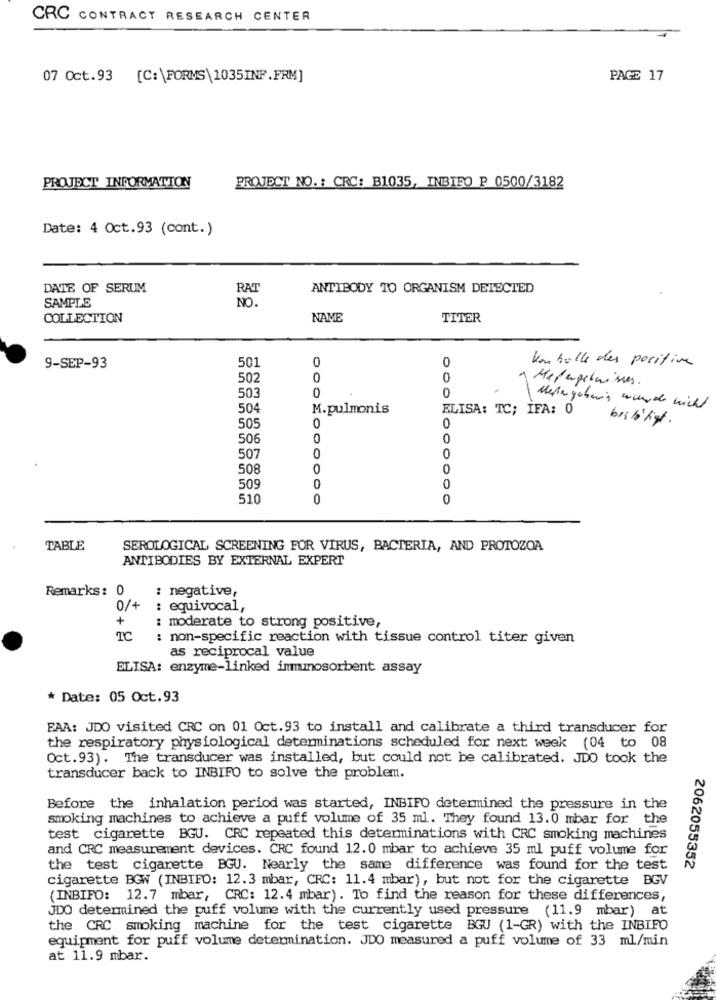
CRC CONTRACT RESEARCH CENTER
07 Oct.93 [C:\FORMS\1035INF.FRM]
PAGE 17
PROJECT INFORMATION
PROJECT NO .: CRC: B1035, INBIFO P 0500/3182
Date: 4 Oct.93 (cont.)
DATE OF SERUM
RAT
ANTIBODY TO ORGANISM DETECTED
SAMPLE
NO.
COLLECTION
NAME
TITER
0
0
von holle des positive
9-SEP-93
501
502
0
0
Mepagelaisses.
0
0
503
504
M. pulmonis
ELISA: TC; IFA: 0
Metagehenis wurde nicht
505
0
0
506
0
0
0
507
0
508
0
0
0
509
0
510
0
0
TABLE
SEROLOGICAL SCREENING FOR VIRUS, BACTERIA, AND PROTOZOA
ANTIBODIES BY EXTERNAL EXPERT
Remarks: 0
: negative,
0/+
: equivocal,
+
: moderate to strong positive,
TC
: non-specific reaction with tissue control titer given
as reciprocal value
ELISA: enzyme-linked immunosorbent assay
* Date: 05 Oct.93
EAA: JDO visited CRC on 01 Oct.93 to install and calibrate a third transducer for
the respiratory physiological determinations scheduled for next week (04 to 08
Oct.93). The transducer was installed, but could not be calibrated. JDO took the
transducer back to INBIFO to solve the problem.
Before the inhalation period was started, INBIFO determined the pressure in the
smoking machines to achieve a puff volume of 35 ml. They found 13.0 mbar for the
test cigarette BGU. CRC repeated this determinations with CRC smoking machines
and CRC measurement devices. CRC found 12.0 mbar to achieve 35 ml puff volume for
the test cigarette BGU. Nearly the same difference was found for the test
2062055352
cigarette BOW (INBIFO: 12.3 mbar, CRC: 11.4 mbar), but not for the cigarette BGV
(INBIFO: 12.7 mbar, CRC: 12.4 mbar). To find the reason for these differences,
JDO determined the puff volume with the currently used pressure (11.9 mbar) at
the CRC smoking machine for the test cigarette BGU (1-GR) with the INBIFO
equipment for puff volume determination. JDO measured a puff volume of 33 ml/min
at 11.9 mbar.